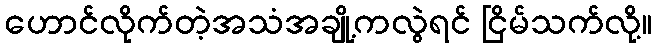
ဟောင်လိုက်တဲ့အသံအချို့ကလွဲရင် ငြိမ်သက်လို့။